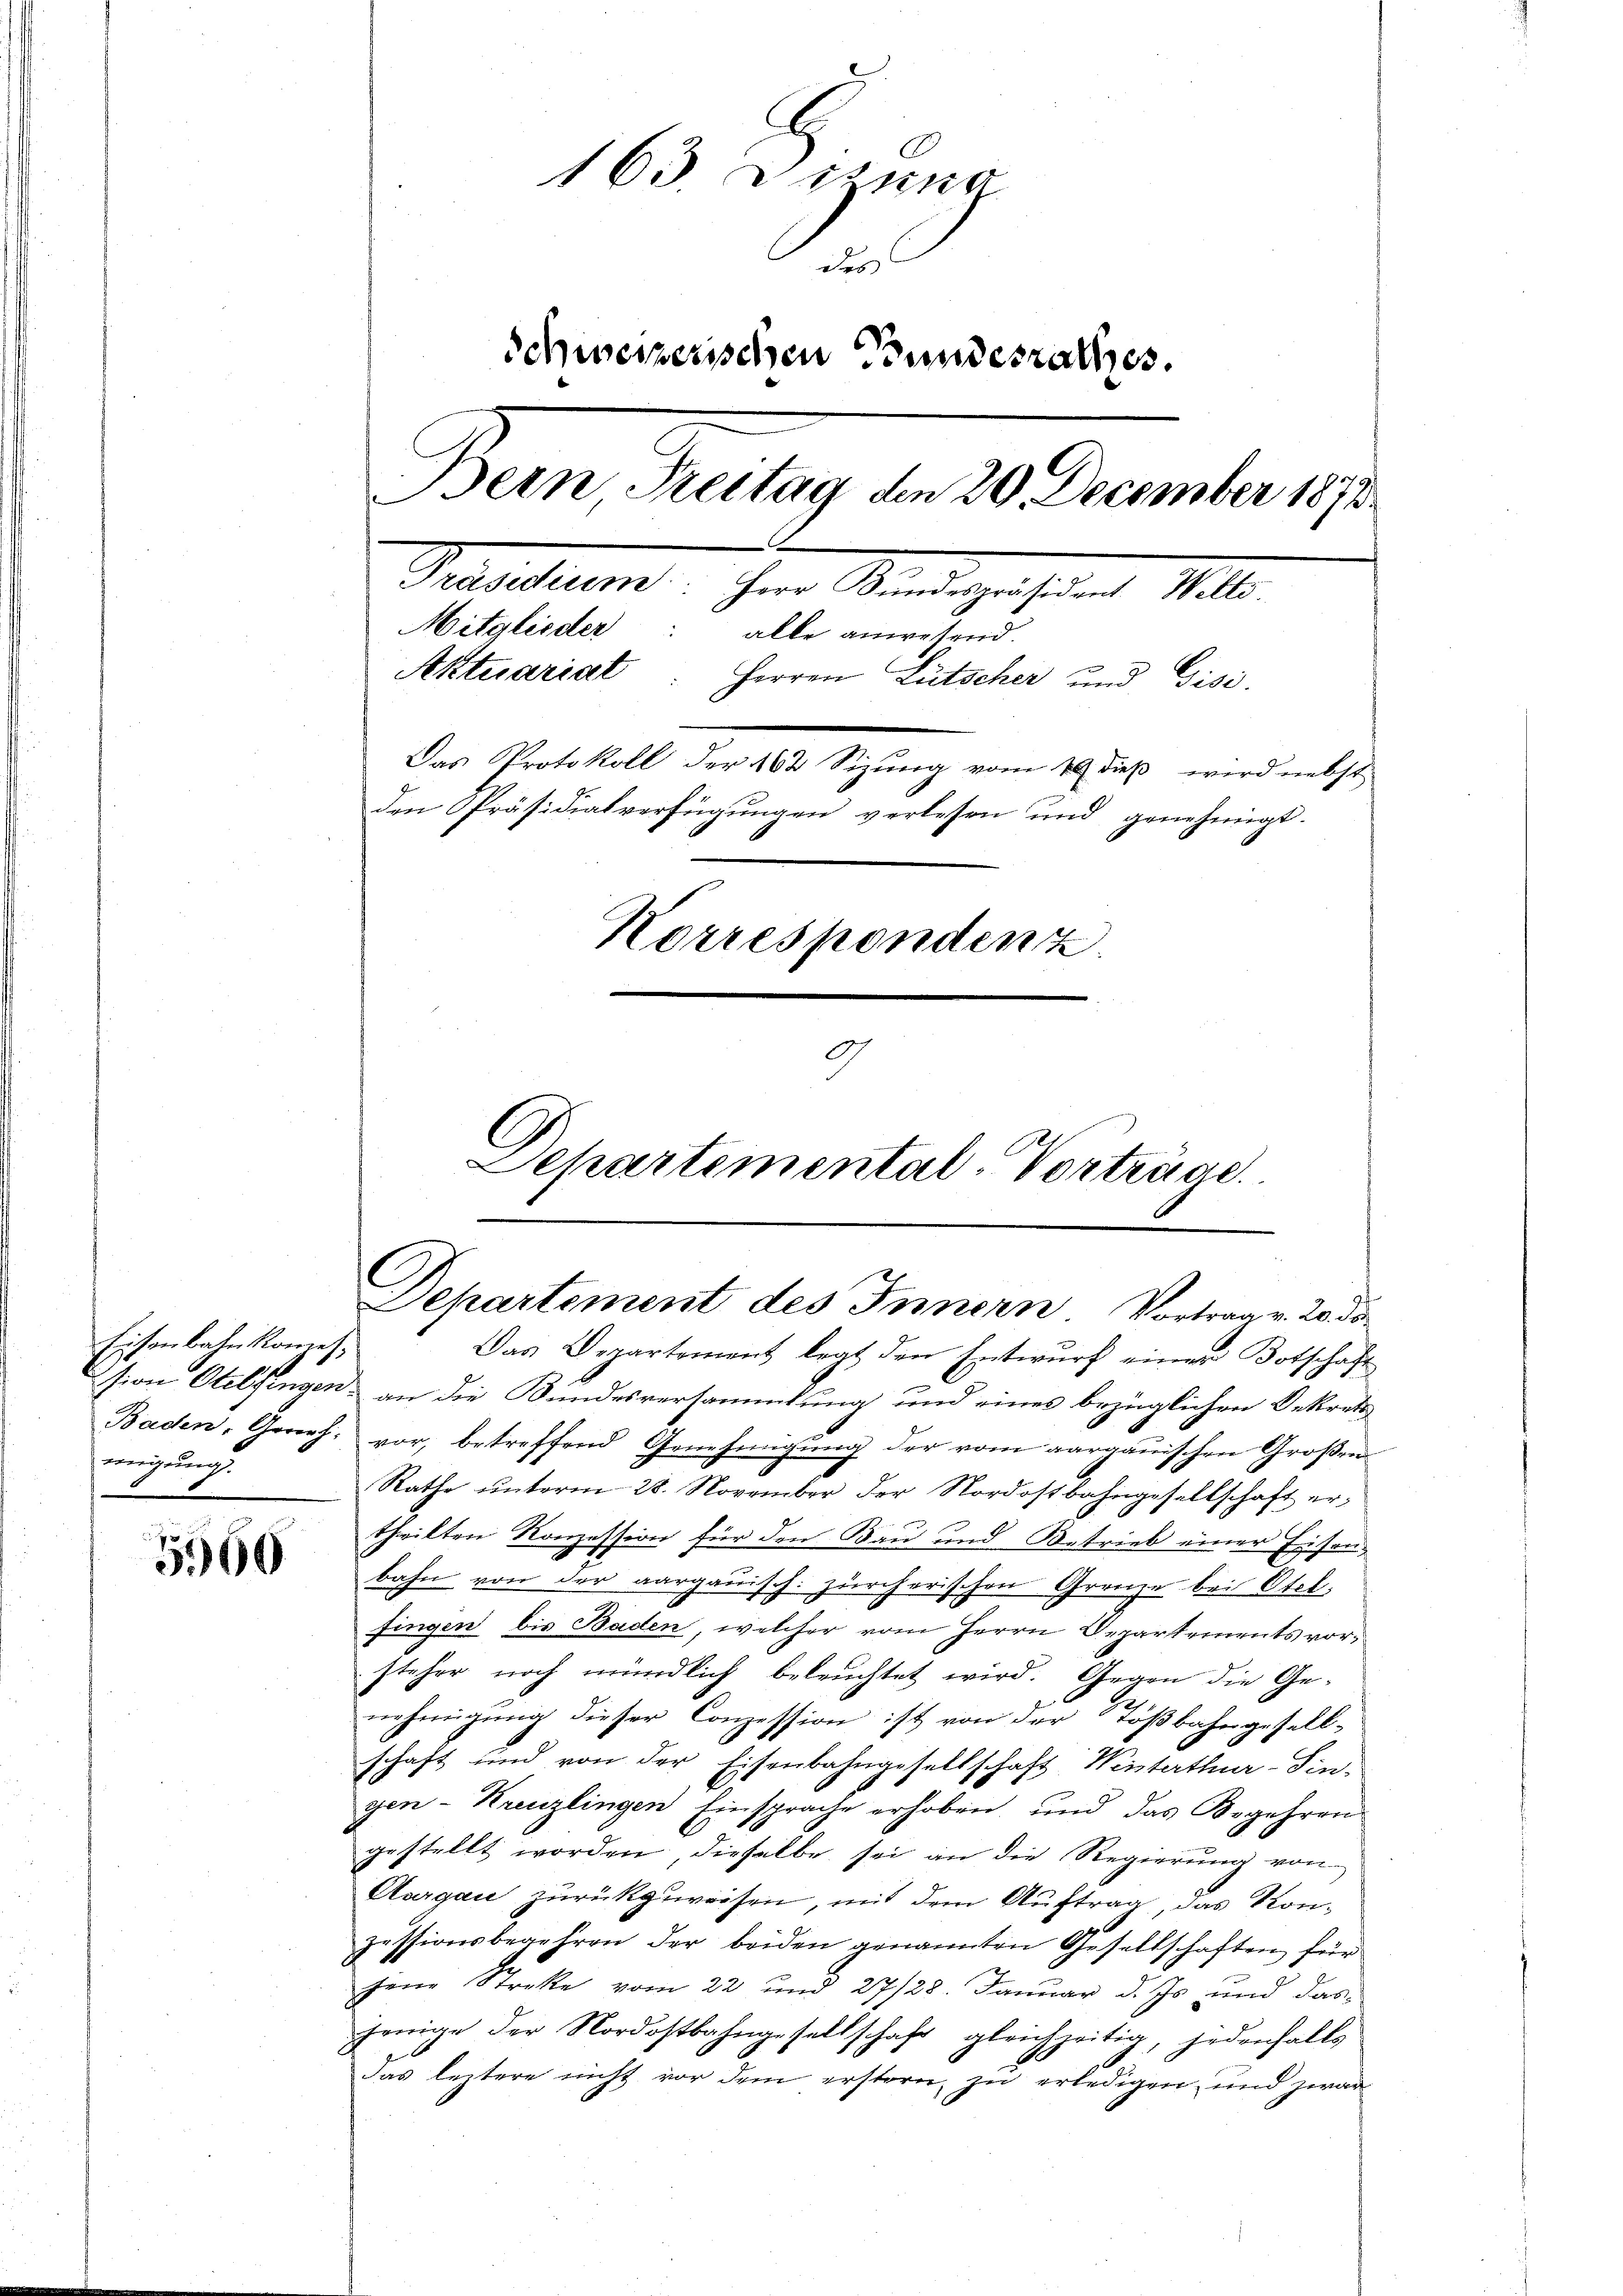
Eisenbahnkonzesmigung.

5960

163. Sitzung
des
Schweizerischen Bundesrathes.
Bern Treitag den 20. December 1871
Ma
Mitglieder: alle anwesenen
Aktuariat
Herren Lütscher und Gisi.
Das Protokoll der 162 Sizŭng vom 10. dieβ wird nebst
den Präsidialverfügungen verlesen und genehmigt.
Korrespondenz.
9
Dehartemental-Vorträge.

Departement des Innern Vortrag v. 20. da

Das Departement legt den Entwurf einer Botschaft
sion Otelfingen an die Bundesversammlung und eines bezüglichen Dekret
Baden, Geweh. vor, betreffend Genehmigŭng der vom aargauischen Großen
Rathe ŭnterm 28. November der Nordostbahngesellschaft ertheilten Konzession für den Bau und Betrieb einer Eisen-
bahn von der aargauisch. zürcherischen Grenze bei Otel,
fingen bis Baden, welcher vom Herrn Departements vorsteher noch mündlich beleuchtet wird. Gegen die Ge¬
2.
nehmigung dieser Conzession ist von der Tößbahngesell-
schaft und von der Eisenbahngesellschaft Winterthur–Sin-
gen-Kreuzlingen Einsprache erhoben, und das Begehren
gestellt worden, dieselbe sei an die Regierung von
Aargau zurückzuweisen, mit dem Auftrag, das Konzessionsbegehren der beiden genannten Gesellschaften für
jene Streke vom 22 und 27/28. Januar d. Js. und das
jenige der Nordostbahngesellschaft gleichzeitig, jedenfalls
das leztere nicht vor dem erstern zu erledigen, und zwar